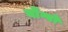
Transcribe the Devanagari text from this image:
योंग्बो